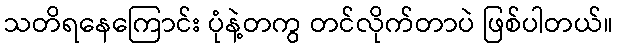
သတိရနေကြောင်း ပုံနဲ့တကွ တင်လိုက်တာပဲ ဖြစ်ပါတယ်။